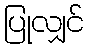
ပြုလျှင်